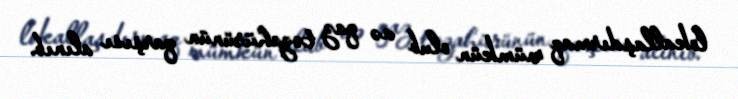
lokallaşdırmaq mümkün olub və qaz təzahürünün qarşısı alınıb.